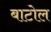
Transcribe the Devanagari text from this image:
बाटोल